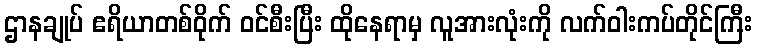
ဌာနချုပ် ဧရိယာတစ်ဝိုက် ဝင်စီးပြီး ထိုနေရာမှ လူအားလုံးကို လက်ဝါးကပ်တိုင်ကြီး